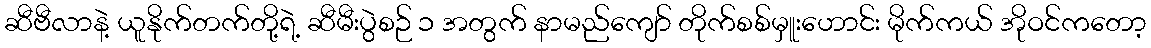
ဆီဗီလာနဲ့ ယူနိုက်တက်တို့ရဲ့ ဆီမီးပွဲစဉ် ၁ အတွက် နာမည်ကျော် တိုက်စစ်မှူးဟောင်း မိုက်ကယ် အိုဝင်ကတော့